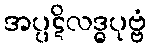
အပ္ပဋိလဒ္ဓပုဗ္ဗံ